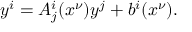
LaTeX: y ^ { i } = A _ { j } ^ { i } ( x ^ { \nu } ) y ^ { j } + b ^ { i } ( x ^ { \nu } ) .